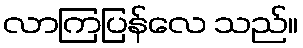
လာကြပြန်လေ သည်။